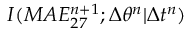
I ( M A E _ { 2 7 } ^ { n + 1 } ; \Delta \theta ^ { n } | \Delta t ^ { n } )